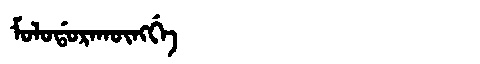
Manchu: ᠮᠣᠯᠣᡩᠣᡵᠠᡴᡡᠩᡤᡝ
Romanization: MOLODORAKŪNGGE